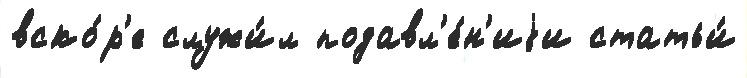
вско́р'е служи́л подавл'е́н'иjи статьи́